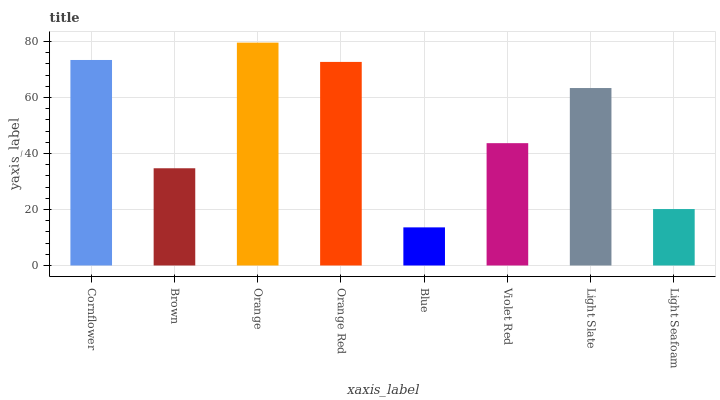
| xaxis_label | bars |
 | --- | --- |
 | Cornflower | 73.4 |
 | Brown | 34.7 |
 | Orange | 79.6 |
 | Orange Red | 72.7 |
 | Blue | 13.6 |
 | Violet Red | 43.7 |
 | Light Slate | 63.4 |
 | Light Seafoam | 20.2 |